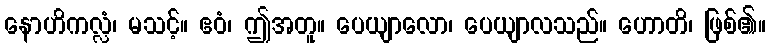
နောဟိကလ္လံ၊ မသင့်။ ဧဝံ၊ ဤအတူ။ ပေယျာလော၊ ပေယျာလသည်။ ဟောတိ၊ ဖြစ်၏။